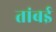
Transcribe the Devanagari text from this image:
तांबई